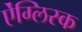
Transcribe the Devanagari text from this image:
ऐंग्लिस्क